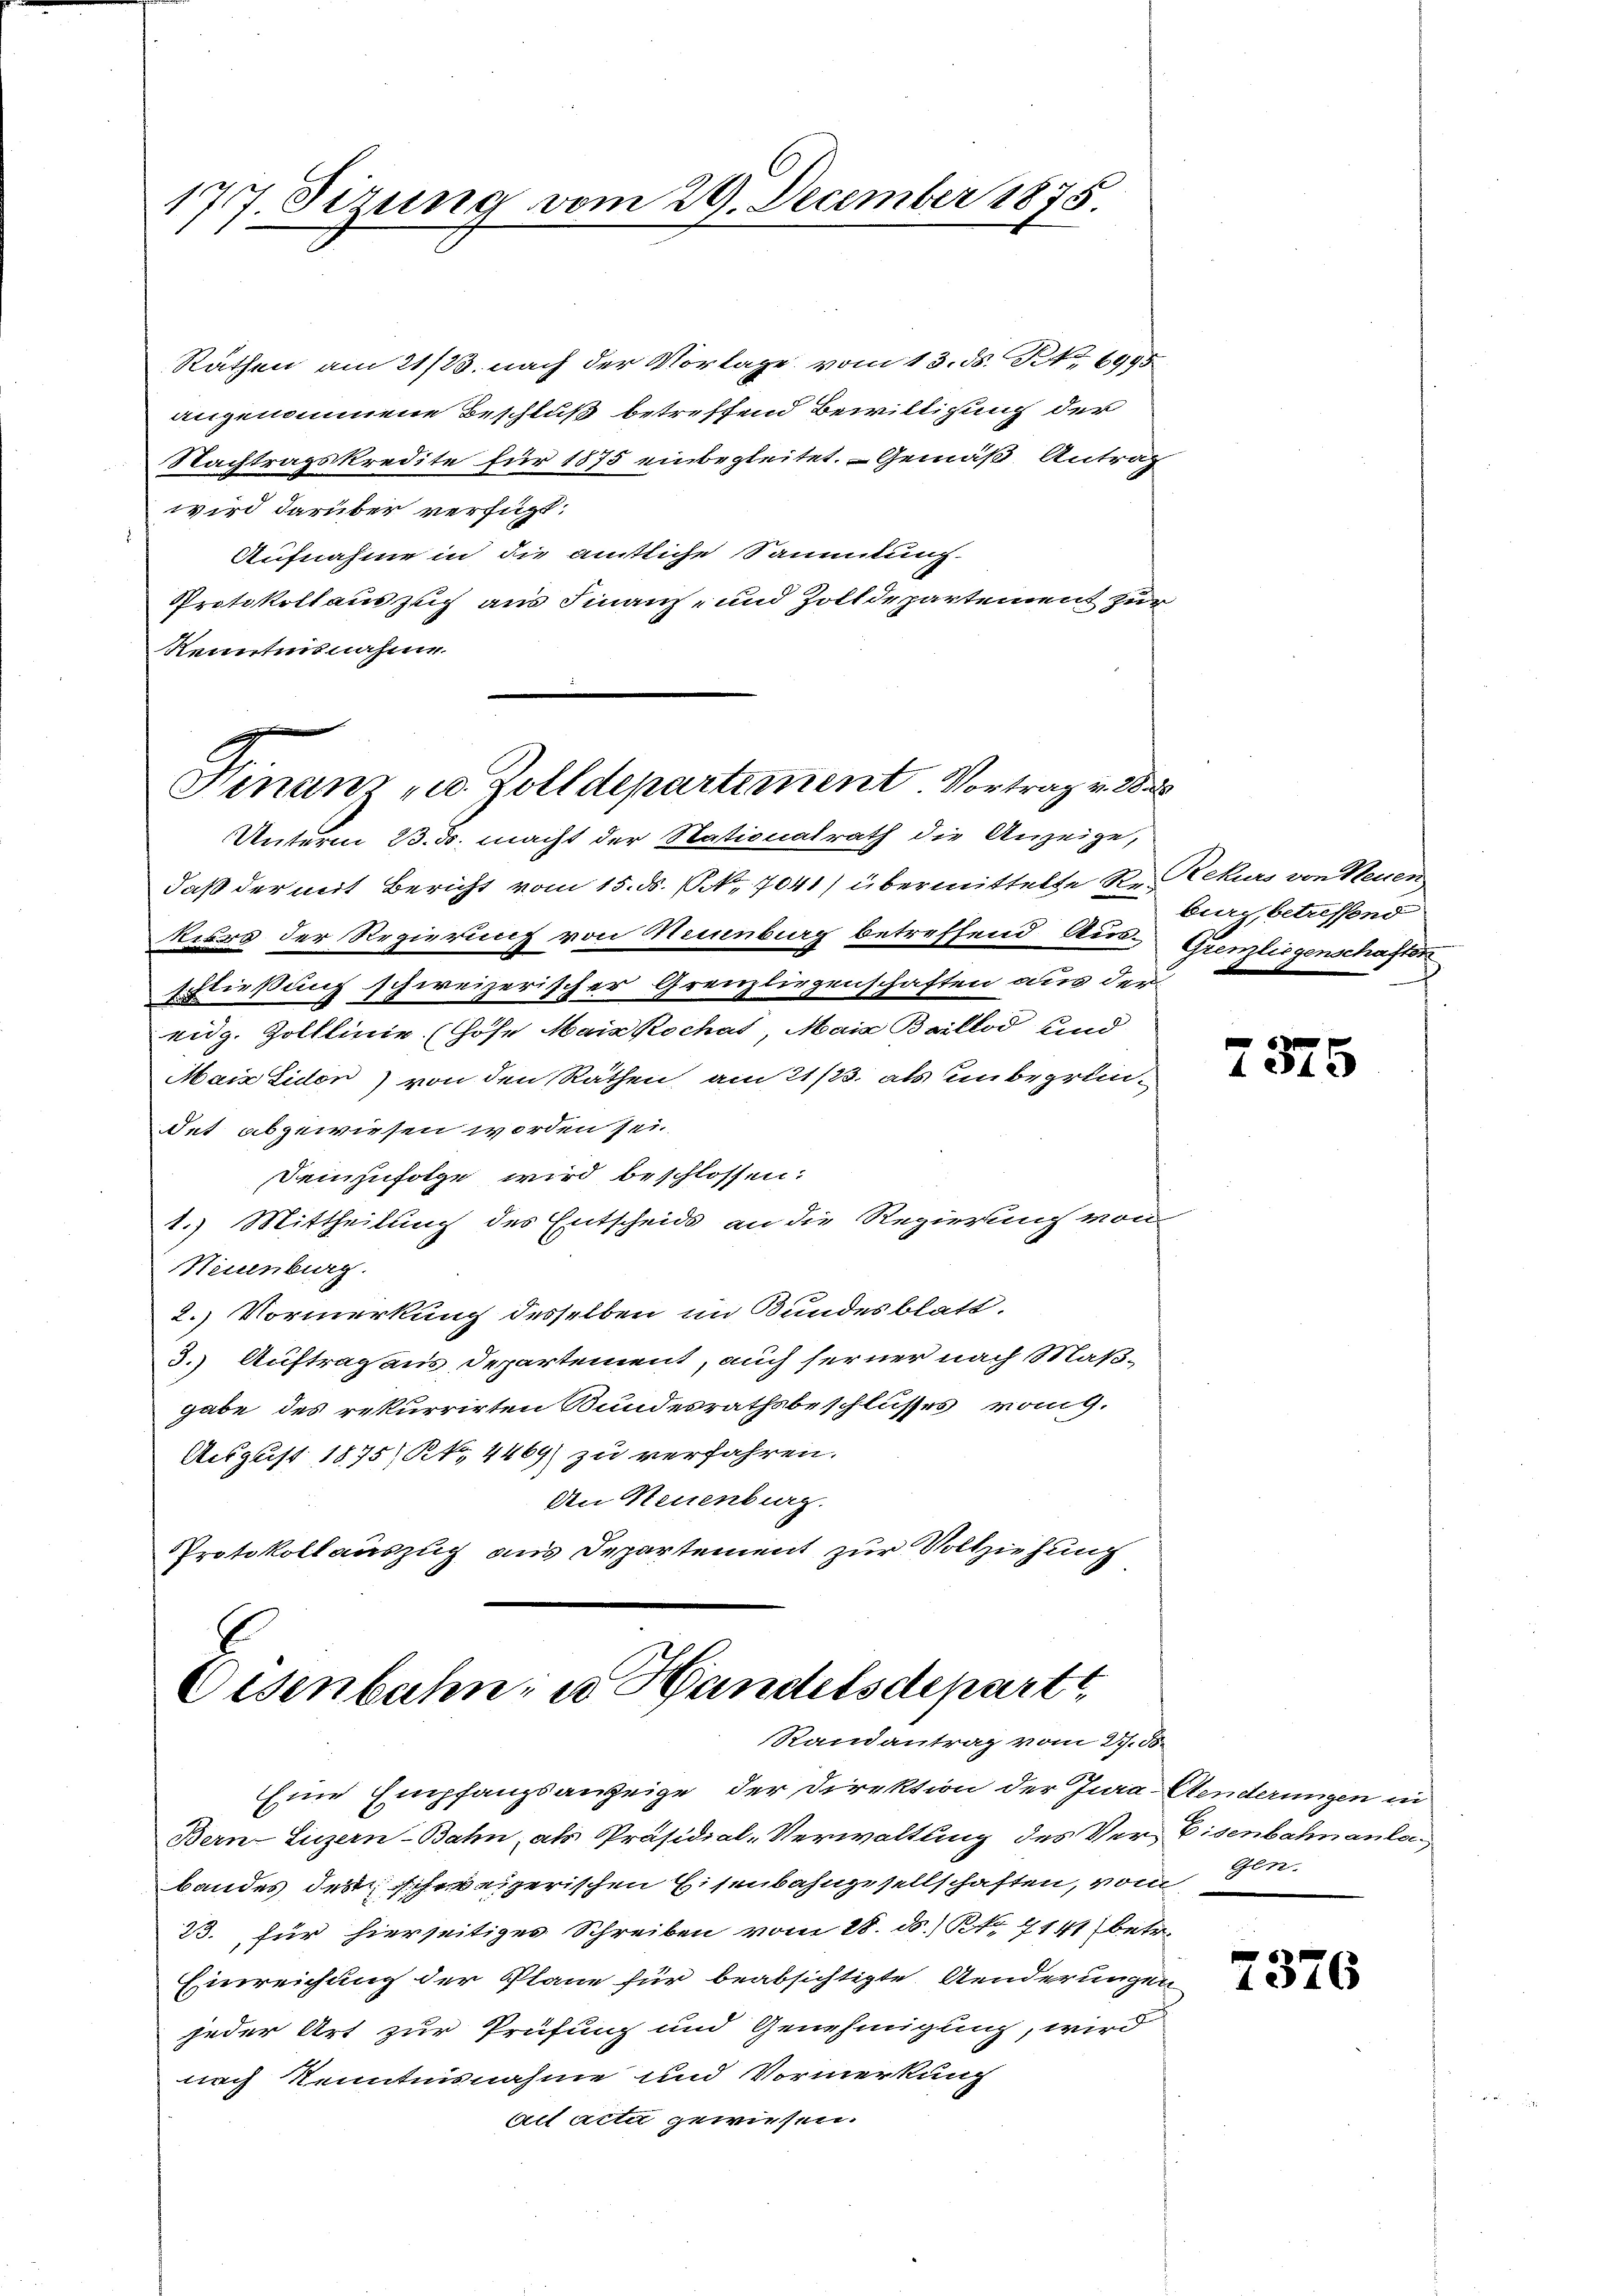
177. Sizung vom 29. December 1875.

Räthen am 21/23. nach der Vorlage vom 13. ds. Rt. 6995
angenommene Beschluß betreffend Bewilligung der
Nachtragskredite für 1875 einbegleitet. — Gemäß Antrag
wird darüber verfügt:
Aufnahme in die amtliche Sammlung.
Protokollauszug aus Finanz- und Zolldepartement zur
Kenntnisnahme

Finanz zu Zolldepartement Vortrag v. Was

Unterm 23. ds. macht der Stationalrath die Anzeige,

daß der mit Bericht vom 15. ds. (NNo. 7041) übermittelte R. Rekurs von Neuen
kiss der Regierung von Neuenburg betreffend Aus-Gienliegenschaften
schließung schweizerischer Grenzliegenschaften aus der
eidg. Zolllinie (Höfe Main Kochas, Mais Baillod und
Main Eidon) von den Räthen, am 21/23. als einbegründet abgewiesen worden sei.
demzufolge wird beschlossen:
1.) Mittheilung des Entscheids an die Regierung von
Neuenburg.
2.) Vormerkung desselben im Bundesblatt.
3.) Auftrag aus Departement, auch seiner nach Maß-
gabe des rekurrirten Bundesrathsbeschlusses rang.
August 1875; K., 4469) zu verfahren.
An Neuenburg.
Protokollauszug aus Departement zur Vollziehung

Eisenbahn, in Handelsdepart
Randantrag vom 27. ds.

Eine Empfangsanzeige, der Direktion der Jura Aenderungen in
Bern-Luzern-Bahn, als Präsidial-Verwaltung des Ver- Eisenbahnanla
bandes der schweizerischen Eisenbahngesellschaften, vom
33. für hierseitiges Schreiben vom 18. ds.) No. 4141) betr.
Einreichung der Pläne für beabsichtigte Aenderungen
jeder Art zur Prüfung und Genehmigung, wird
urch Kenntnisnahme und Vormerkung
biet acti gewiesen.

burg, betreffend

7375

Gen.

7376